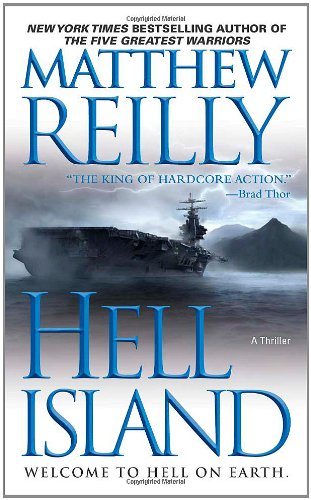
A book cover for Hell Island; Matthew Reilly; Science Fiction & Fantasy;